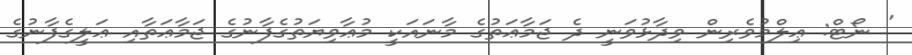
' ނޯޓް: ޢިލްމުވެރިން ވިދާޅުވަނީ ދެ ޖަމާޢަތުގެ މާނައަކީ މުޢާވިޔަތުގެފާނުގެ ޖަމާޢަތާއި ޢަލީގެފާނުގެ